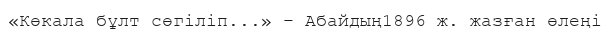
«Көкала бұлт сөгіліп...» – Абайдың1896 ж. жазған өлеңі